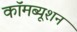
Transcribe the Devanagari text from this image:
कॉमब्यूशन